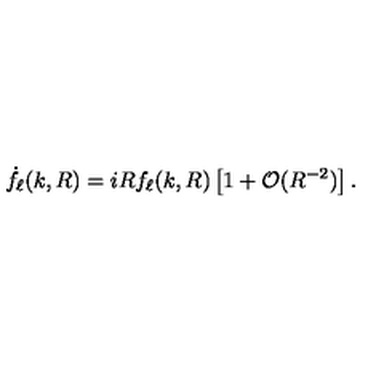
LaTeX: \dot { f } _ { \ell } ( k , R ) = i R f _ { \ell } ( k , R ) \left[ 1 + \mathcal { O } ( R ^ { - 2 } ) \right] .